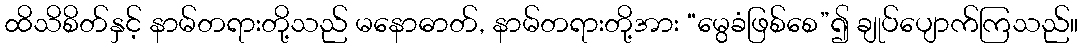
ထိသိစိတ်နှင့် နာမ်တရားတို့သည် မနောဓာတ်, နာမ်တရားတို့အား “မွေခံဖြစ်စေ”၍ ချုပ်ပျောက်ကြသည်။